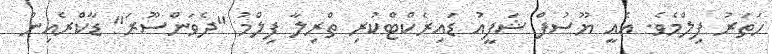
ހަތަރު ފިލްމެވެ. އެއީ ޔޫސުފް ޝަފީއު ޑައިރެކްޓްކުރި ތްރިލާ ފިލްމު "ދެވަންސޫރަ" ޑާކްރެއިން